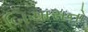
બિચારાનો